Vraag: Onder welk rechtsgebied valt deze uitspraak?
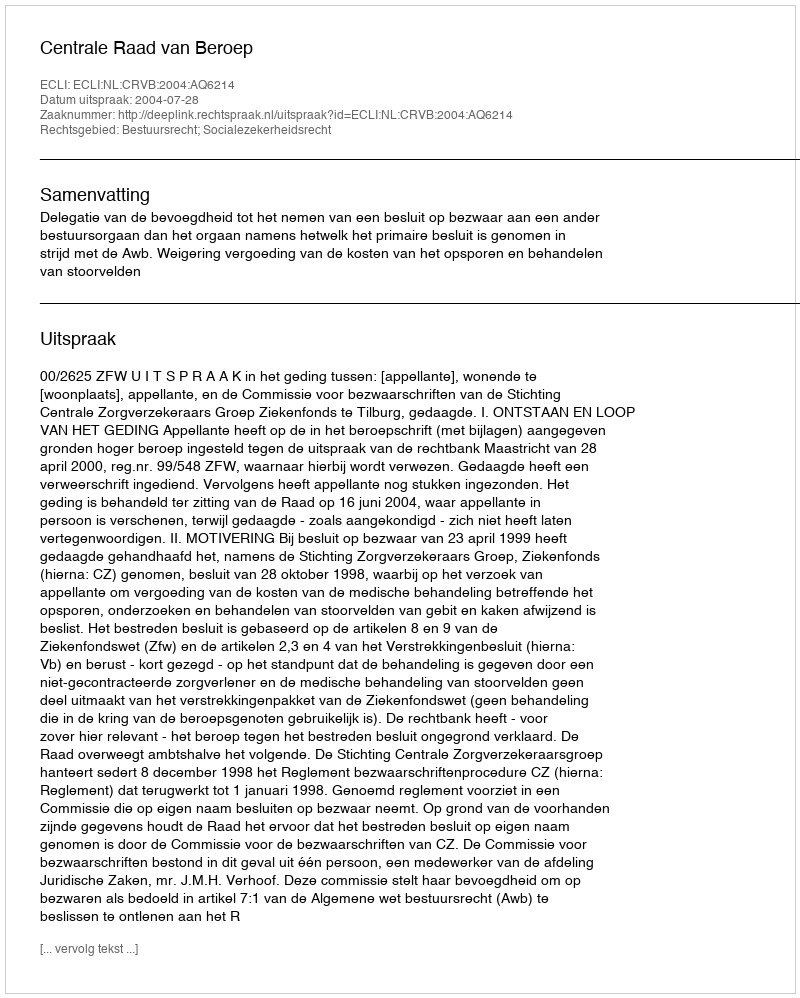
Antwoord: Bestuursrecht; Socialezekerheidsrecht